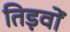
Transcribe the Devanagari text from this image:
तिड़वों